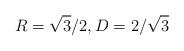
LaTeX: \begin{align*}R = \sqrt3/2, D = 2/\sqrt3 \end{align*}